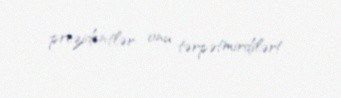
prezidentlər onu tərpətmirdilər!.